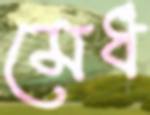
মেধ